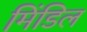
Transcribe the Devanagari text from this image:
मिंडिल